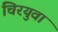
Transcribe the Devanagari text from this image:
चिरयुवा